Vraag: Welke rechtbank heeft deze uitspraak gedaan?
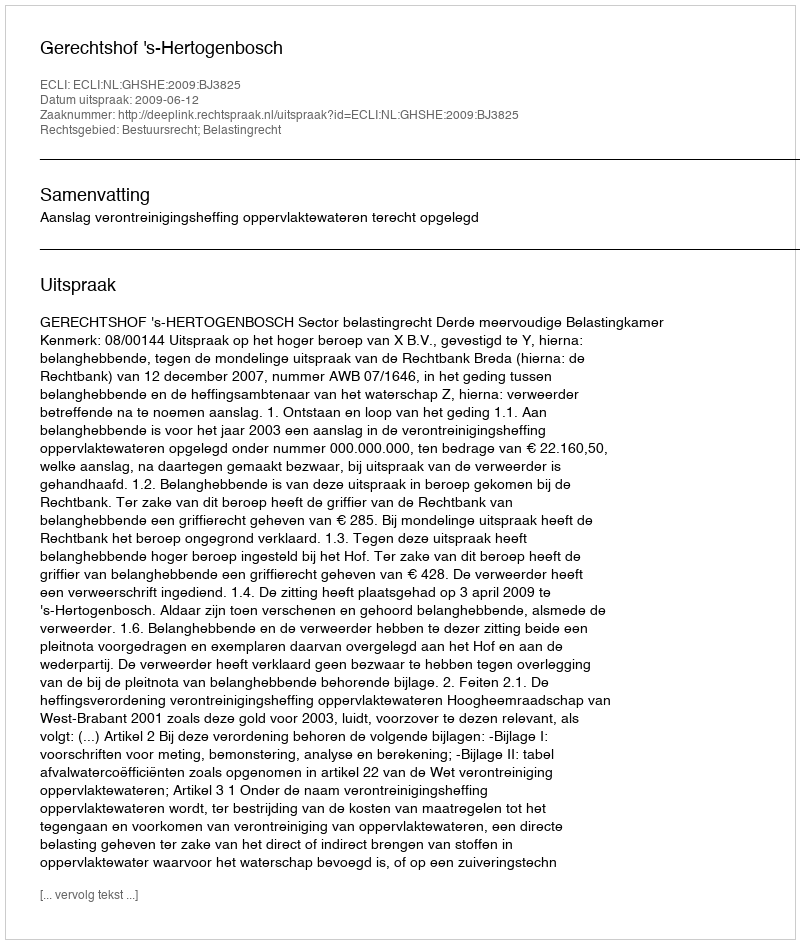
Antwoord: Gerechtshof 's-Hertogenbosch